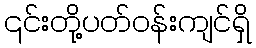
၎င်းတို့ပတ်ဝန်းကျင်ရှိ